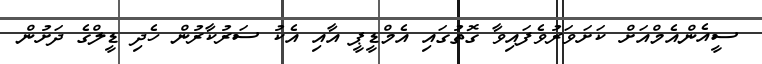
ސީއެންއެމްއަށް ކަށަވަރުވެފައިވާ ގޮތުގައި އެމްޑީޕީ އާއި އެކު ސަރުކާރުން ހެދި ޑީލްގެ ދަށުން